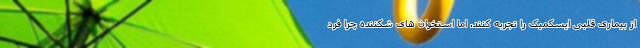
از بیماری قلبی ایسکمیک را تجربه کنند. اما استخوان های شکننده چرا فرد